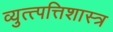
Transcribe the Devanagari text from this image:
व्युत्त्पत्तिशास्त्र